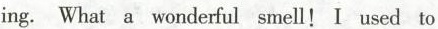
ing. What a wonderful smell! I used to